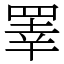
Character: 睪